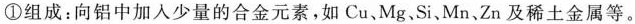
①组成：向铝中加入少量的合金元素，如Cu、Mg、Si、Mn、Zn及稀土金属等。